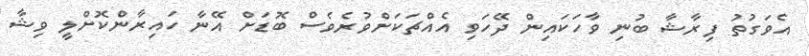
އެވަގުތު ފިރާޝާ ބުނި ވާހަކައިން ދޭހަވި އެއްޗަކަށްވުރެވެސް ބޮޑަށް އޭނާ ހައިރާންކޮށްލީ ވިޝާ